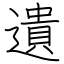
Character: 遺